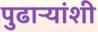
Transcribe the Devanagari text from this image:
पुढाऱ्यांशी